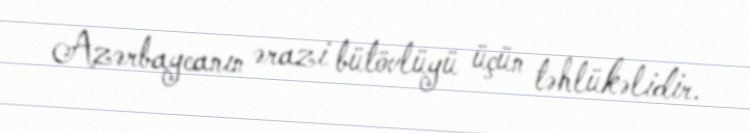
Azərbaycanın ərazi bütövlüyü üçün təhlükəlidir.